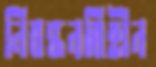
নিবন্ধনবিহীন